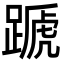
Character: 蹏